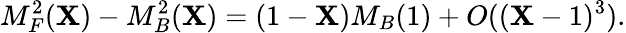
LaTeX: M_{F}^{2}(\mathbf{X})-M_{B}^{2}(\mathbf{X})=(1-\mathbf{X})M_{B}(1)+O((\mathbf{X}-1)^{3}).